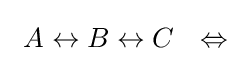
~A\leftrightarrow B\leftrightarrow C~~\Leftrightarrow